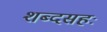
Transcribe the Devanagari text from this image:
शब्दसहः